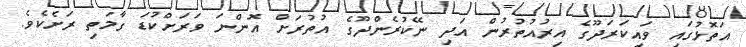
އަތޮޅުގައި ވައިކަރަދޫގެ އިރުއުތުރުން އަދި ނޭކުރެންދޫގެ އުތުރަށް އޮންނަ ވަރަށްކުޑަ ގާމަތި ރަށެކެވެ.